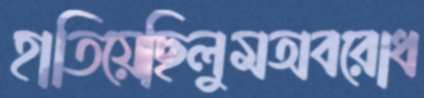
হাতিয়েছিলুমঅবরোধ